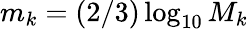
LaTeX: m_{k}=(2/3)\log_{10}M_{k}